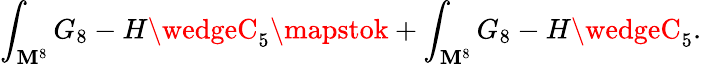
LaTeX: \int_{\mathbf{M}^{8}}G_{8}-H\wedgeC_{5}\mapstok+\int_{\mathbf{M}^{8}}G_{8}-H\wedgeC_{5}.